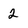
Character: 2